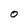
Character: O